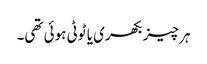
ہر چیز بکھری یا ٹوٹی ہوئی تھی۔